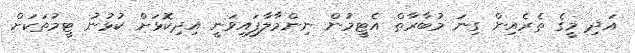
އަދި މީގެ ތެރެއިން ގިނަ މުބާރާތް އެޓީމުން ނިންމާލާފައިވަނީ އިދިކޮޅަށް ކުޅުނު ޓީމުތަކަށް